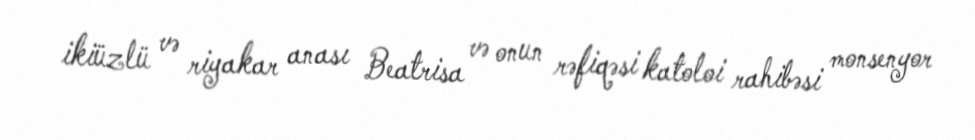
ikiüzlü və riyakar anası Beatrisa və onun rəfiqəsi katoloi rahibəsi monsenyor